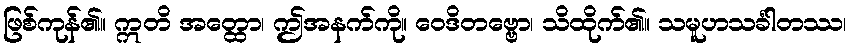
ဖြစ်ကုန်၏။ ဣတိ အတ္ထော၊ ဤအနက်ကို။ ဝေဒိတဗ္ဗော၊ သိထိုက်၏။ သမူဟသင်္ခါတဿ၊